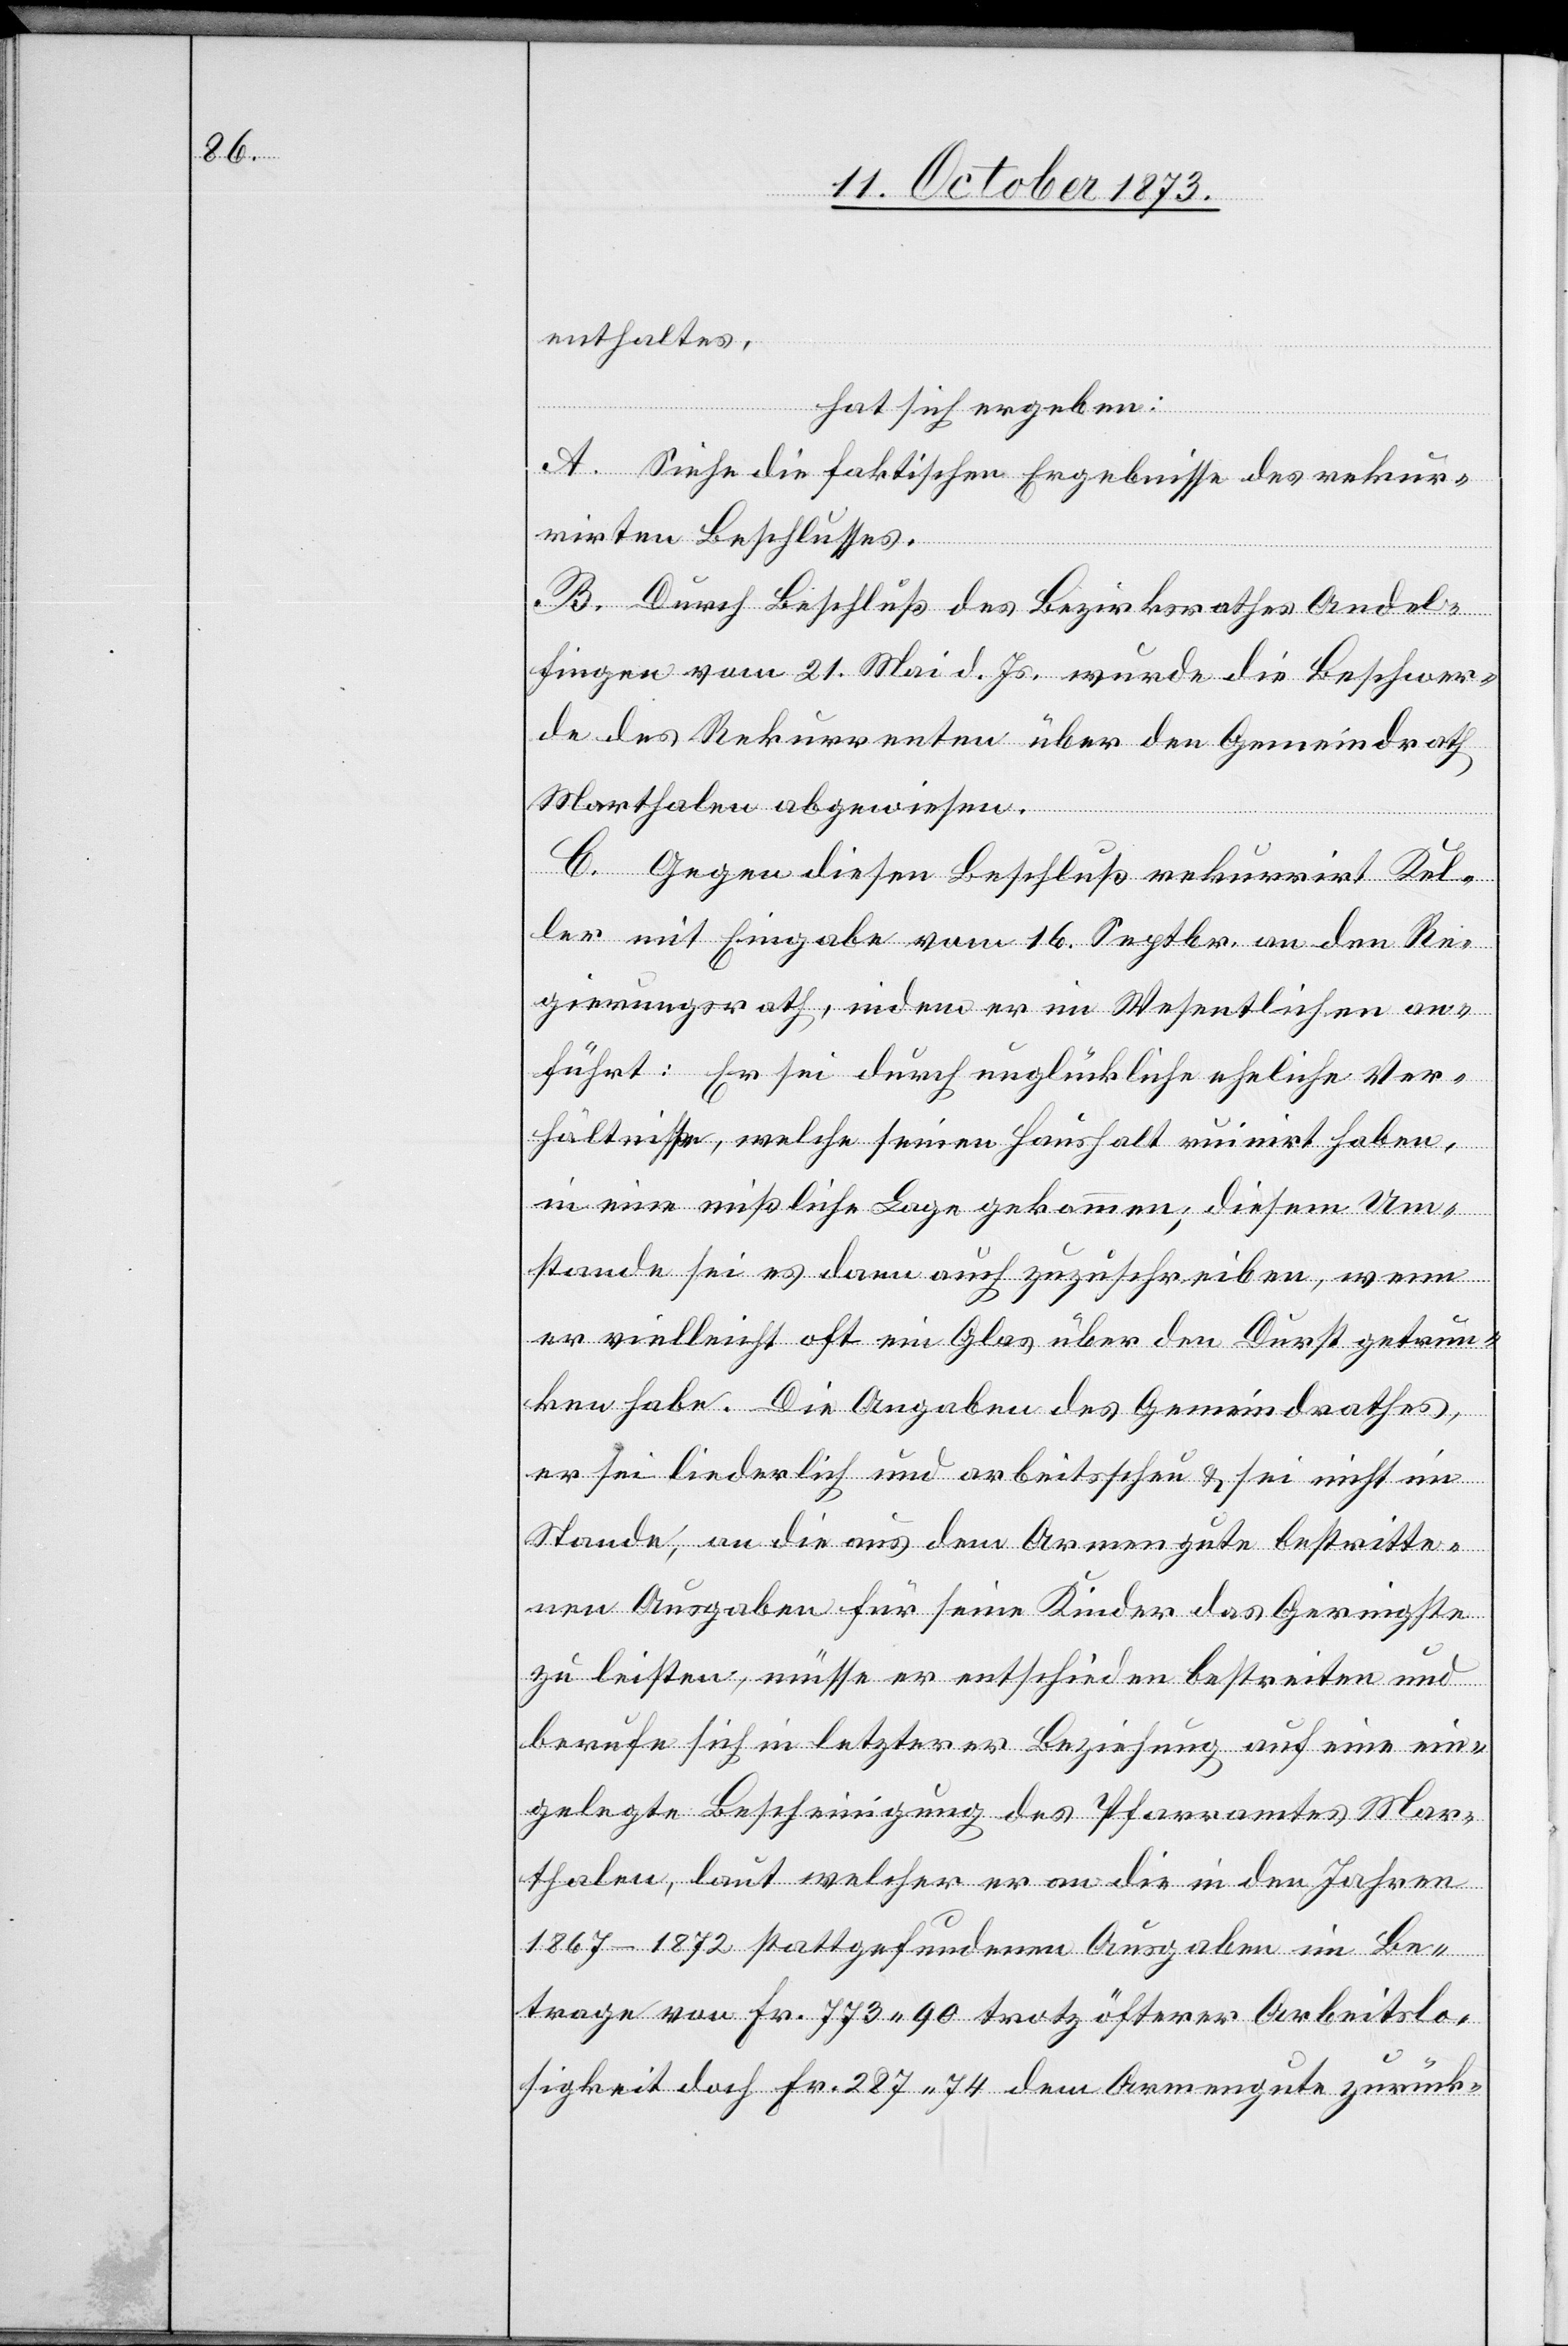
enthaltes,
hat sich ergeben:
A. Siehe die faktischen Ergebnisse des rekur¬
rirten Beschlusses.
B. Durch Beschluß des Bezirksrathes Andel¬
fingen vom 21. Mai d. Js. wurde die Beschwer¬
de des Rekurrenten über den Gemeindrath
Marthalen abgewiesen.
C. Gegen diesen Beschluß rekurrirt Kel¬
ler mit Eingabe vom 16. Septbr. an den Re¬
gierungsrath, indem er im Wesentlichen an¬
führt: Er sei durch unglückliche eheliche Ver¬
hältnisse, welche seinen Haushalt ruinirt haben,
in eine mißliche Lage gekommen; diesem Um¬
stande sei es dann auch zuzuschreiben, wenn
er vielleicht oft ein Glas über den Durst getrun¬
ken habe. Die Angaben des Gemeindrathes,
er sei liederlich und arbeitsscheu & sei nicht im
Stande, an die aus dem Armengute bestritte¬
nen Ausgaben für seine Kinder das Geringste
zu leisten, müsse er entschieden bestreiten und
berufe sich in letzterer Beziehung auf eine ein¬
gelegte Bescheinigung des Pfarramtes Mar¬
thalen, laut welcher er an die in den Jahren
1867–1872 stattgefundenen Ausgaben im Be¬
trage von Fr. 773 90 trotz öfterer Arbeitslo¬
sigkeit doch Fr. 287 74 dem Armengute zurück-